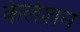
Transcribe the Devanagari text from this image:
केलेशन